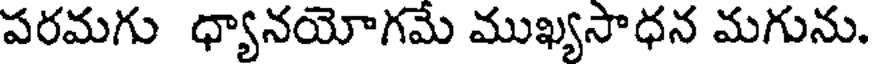
పరమగు ధ్యానయోగమే ముఖ్యసాధన మగును.